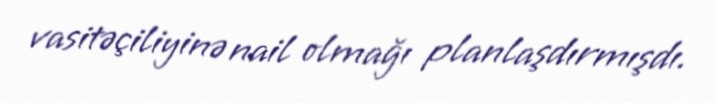
vasitəçiliyinə nail olmağı planlaşdırmışdı.